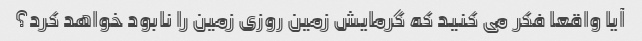
آیا واقعا فکر می کنید که گرمایش زمین روزی زمین را نابود خواهد کرد؟